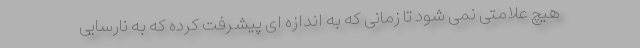
هیچ علامتی نمی شود تا زمانی که به اندازه ای پیشرفت کرده که به نارسایی